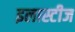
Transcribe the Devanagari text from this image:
इलास्टीज